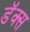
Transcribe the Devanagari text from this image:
डॅक्स